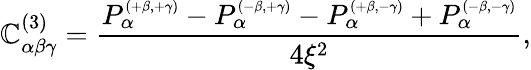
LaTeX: \mathbb{C}_{\alpha\beta\gamma}^{(3)}=\frac{{P_{\alpha}^{\scriptscriptstyle{(+\beta,+\gamma)}}-P_{\alpha}^{\scriptscriptstyle{(-\beta,+\gamma)}}-P_{\alpha}^{\scriptscriptstyle{(+\beta,-\gamma)}}+P_{\alpha}^{\scriptscriptstyle{(-\beta,-\gamma)}}}}{{4\xi^{2}}},